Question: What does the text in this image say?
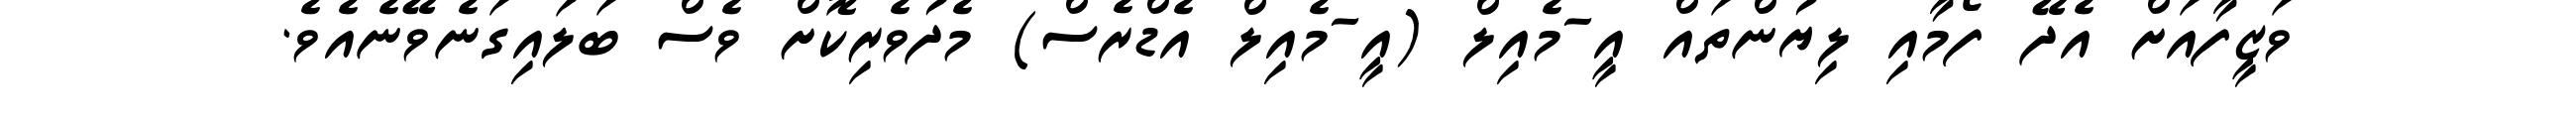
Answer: ވަޒީފާއަށް އެދޭ ފޯމާއި ލިޔުންތައް އީ-މެއިލް (އީ-މެއިލް އެޑްރެސް) މެދުވެރިކޮށް ވެސް ބަލައިގަނެވޭނެއެވެ.